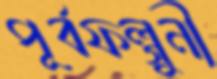
পূর্বফল্গুনী